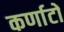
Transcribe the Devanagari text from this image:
कर्णाटों